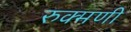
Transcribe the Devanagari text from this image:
रुक्‍मणी